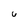
Character: 6